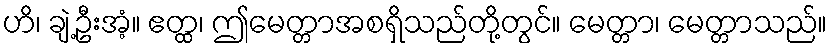
ဟိ၊ ချဲ့ဦးအံ့။ ဧတ္ထ၊ ဤမေတ္တာအစရှိသည်တို့တွင်။ မေတ္တာ၊ မေတ္တာသည်။